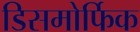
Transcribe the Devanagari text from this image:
डिसमोर्फिक